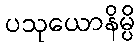
ပသုယောနိမ္ပိ